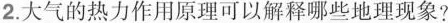
2.大气的热力作用原理可以解释哪些地理现象?